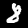
Digit: 8